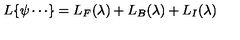
L \{ \psi \cdots \} = L _ { F } ( \lambda ) + L _ { B } ( \lambda ) + L _ { I } ( \lambda )